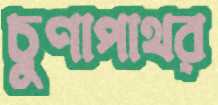
চুণাপাথর